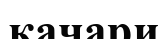
качари